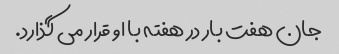
جان هفت بار در هفته با او قرار می گذارد.